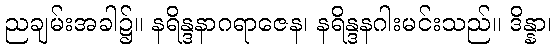
ညချမ်းအခါ၌။ နရိန္ဒနာဂရာဇေန၊ နရိန္ဒနဂါးမင်းသည်။ ဒိန္နာ၊